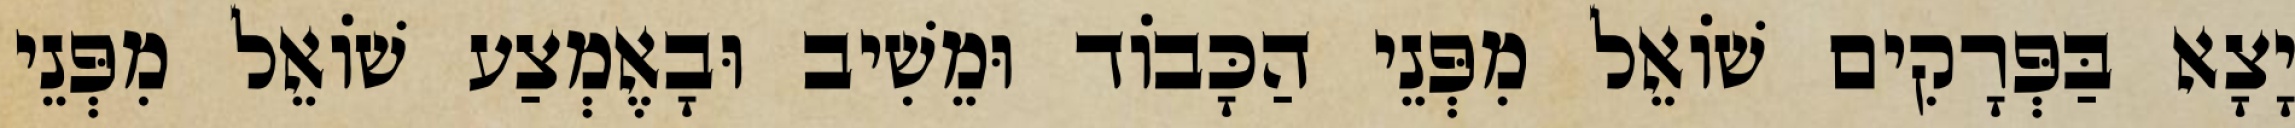
יָצָא בַּפְּרָקִים שׁוֹאֵל מִפְּנֵי הַכָּבוֹד וּמֵשִׁיב וּבָאֶמְצַע שׁוֹאֵל מִפְּנֵי